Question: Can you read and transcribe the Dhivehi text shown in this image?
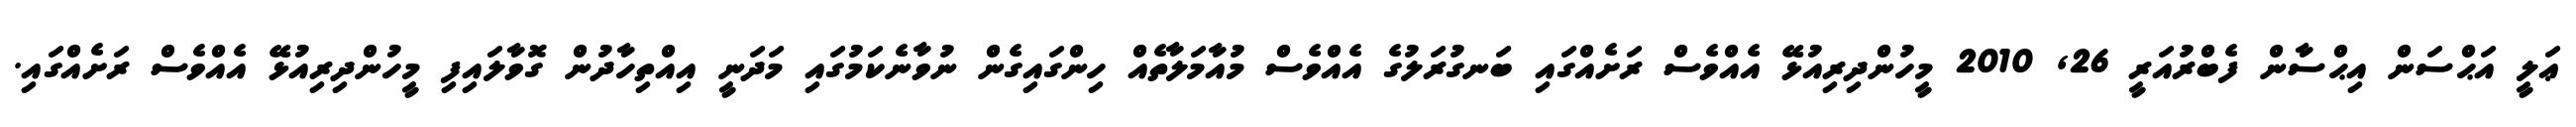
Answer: ޢަލީ އަޙްސަން އިޙްސާން ފެބްރުއަރީ 26, 2010 މީހުންދިރިއުޅޭ އެއްވެސް ރަށެއްގައި ބަނގުރަލުގެ އެއްވެސް މުއާމަލާތެއް ހިންގައިގެން ނުވާނެކަމުގައި މަދަނީ އިއްތިހާދުން ގޮވާލައިފި މީހުންދިރިއުޅޭ އެއްވެސް ރަށެއްގައި.